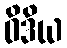
ဝိဒိယ